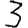
Digit: 3